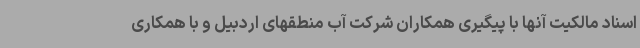
اسناد مالکیت آنها با پیگیری همکاران شرکت آب منطقهای اردبیل و با همکاری